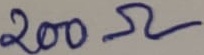
Text: 200Ω